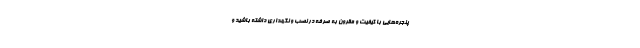
پنجره‌هایی با کیفیت و مقرون به صرفه در نصب و نگهداری داشته باشید و